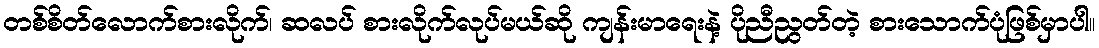
တစ်စိတ်လောက်စားလိုက်၊ ဆလပ် စားလိုက်လုပ်မယ်ဆို ကျန်းမာရေးနဲ့ ပိုညီညွတ်တဲ့ စားသောက်ပုံဖြစ်မှာပါ။